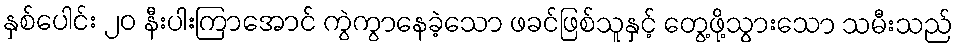
နှစ်ပေါင်း ၂၀ နီးပါးကြာအောင် ကွဲကွာနေခဲ့သော ဖခင်ဖြစ်သူနှင့် တွေ့ဖို့သွားသော သမီးသည်